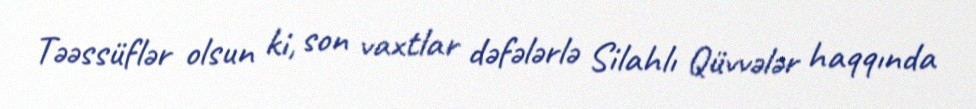
Təəssüflər olsun ki, son vaxtlar dəfələrlə Silahlı Qüvvələr haqqında